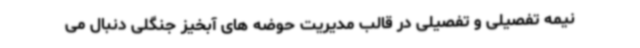
نیمه تفصیلی و تفصیلی در قالب مدیریت حوضه های آبخیز جنگلی دنبال می